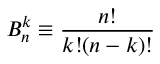
B _ { n } ^ { k } \equiv \frac { n ! } { k ! ( n - k ) ! }